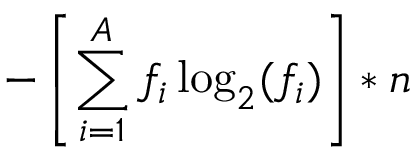
- \left[ \sum _ { i = 1 } ^ { A } f _ { i } \log _ { 2 } ( f _ { i } ) \right] * n